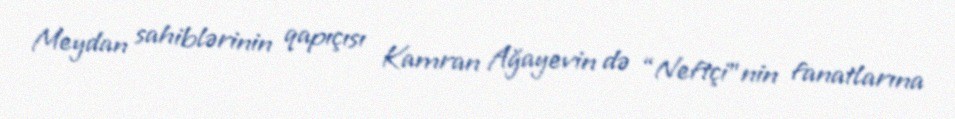
Meydan sahiblərinin qapıçısı Kamran Ağayevin də “Neftçi”nin fanatlarına